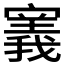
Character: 𫴌